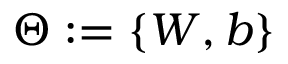
\boldsymbol \Theta : = \{ \boldsymbol W , \boldsymbol b \}